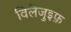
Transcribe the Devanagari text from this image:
विलेजुइफ़